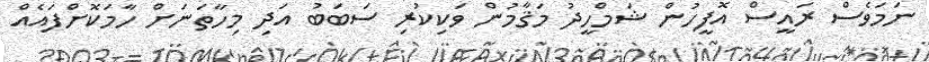
ނަމަވެސް ރައީސް އޮފީހުން ޝަމްހީދު މަޤާމުން ވަކިކުރި ސަބަބު އަދި މިހާތަނަށް ހާމަކޮށްފައެއް